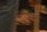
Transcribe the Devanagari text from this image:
भद्रेश्वरकृत